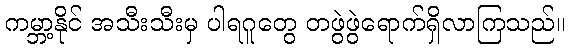
ကမ္ဘာ့နိုင် အသီးသီးမှ ပါရဂူတွေ တဖွဲဖွဲရောက်ရှိလာကြသည်။